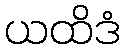
ယထိဒံ